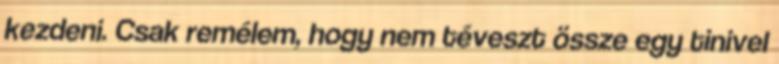
kezdeni. Csak remélem, hogy nem téveszt össze egy tinivel